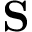
\mathbf { S }